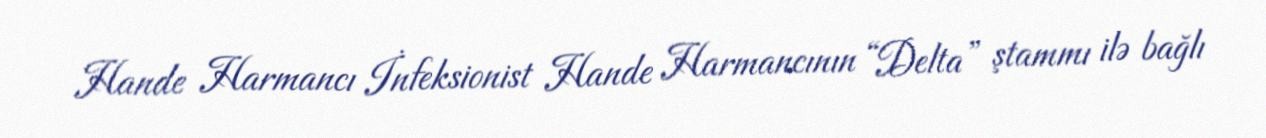
Hande Harmancı İnfeksionist Hande Harmancının “Delta” ştammı ilə bağlı